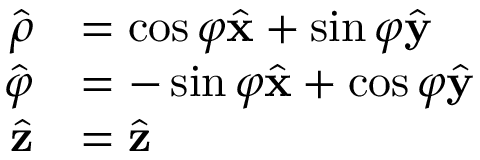
{ \begin{array} { r l } { { \hat { \boldsymbol { \rho } } } } & { = \cos \varphi { \hat { \mathbf { x } } } + \sin \varphi { \hat { \mathbf { y } } } } \\ { { \hat { \boldsymbol { \varphi } } } } & { = - \sin \varphi { \hat { \mathbf { x } } } + \cos \varphi { \hat { \mathbf { y } } } } \\ { { \hat { \mathbf { z } } } } & { = { \hat { \mathbf { z } } } } \end{array} }